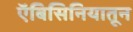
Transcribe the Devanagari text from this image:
ऍबिसिनियातून